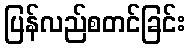
ပြန်လည်စတင်ခြင်း